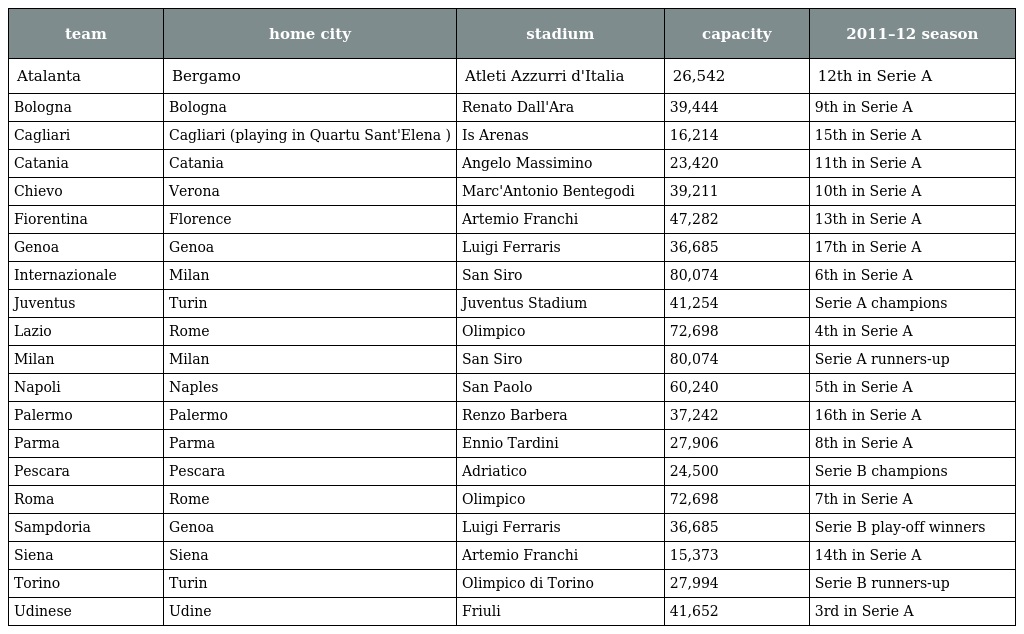
| team | home city | stadium | capacity | 2011–12 season |
 | --- | --- | --- | --- | --- |
 | Atalanta | Bergamo | Atleti Azzurri d'Italia | 26,542 | 12th in Serie A |
 | Bologna | Bologna | Renato Dall'Ara | 39,444 | 9th in Serie A |
 | Cagliari | Cagliari (playing in Quartu Sant'Elena ) | Is Arenas | 16,214 | 15th in Serie A |
 | Catania | Catania | Angelo Massimino | 23,420 | 11th in Serie A |
 | Chievo | Verona | Marc'Antonio Bentegodi | 39,211 | 10th in Serie A |
 | Fiorentina | Florence | Artemio Franchi | 47,282 | 13th in Serie A |
 | Genoa | Genoa | Luigi Ferraris | 36,685 | 17th in Serie A |
 | Internazionale | Milan | San Siro | 80,074 | 6th in Serie A |
 | Juventus | Turin | Juventus Stadium | 41,254 | Serie A champions |
 | Lazio | Rome | Olimpico | 72,698 | 4th in Serie A |
 | Milan | Milan | San Siro | 80,074 | Serie A runners-up |
 | Napoli | Naples | San Paolo | 60,240 | 5th in Serie A |
 | Palermo | Palermo | Renzo Barbera | 37,242 | 16th in Serie A |
 | Parma | Parma | Ennio Tardini | 27,906 | 8th in Serie A |
 | Pescara | Pescara | Adriatico | 24,500 | Serie B champions |
 | Roma | Rome | Olimpico | 72,698 | 7th in Serie A |
 | Sampdoria | Genoa | Luigi Ferraris | 36,685 | Serie B play-off winners |
 | Siena | Siena | Artemio Franchi | 15,373 | 14th in Serie A |
 | Torino | Turin | Olimpico di Torino | 27,994 | Serie B runners-up |
 | Udinese | Udine | Friuli | 41,652 | 3rd in Serie A |